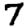
Digit: 7